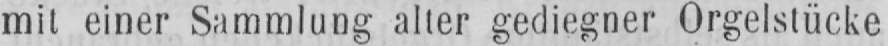
mit einer Sammlung alter gediegner Orgelstücke